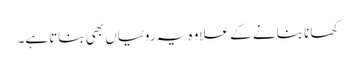
کھانا بنانے کے علاوہ یہ روٹیاں بھی بناتاہے۔